Indian journal of veterinary science and animal husbandry - Volumes 26-27, 1956-1957
Year: 1956
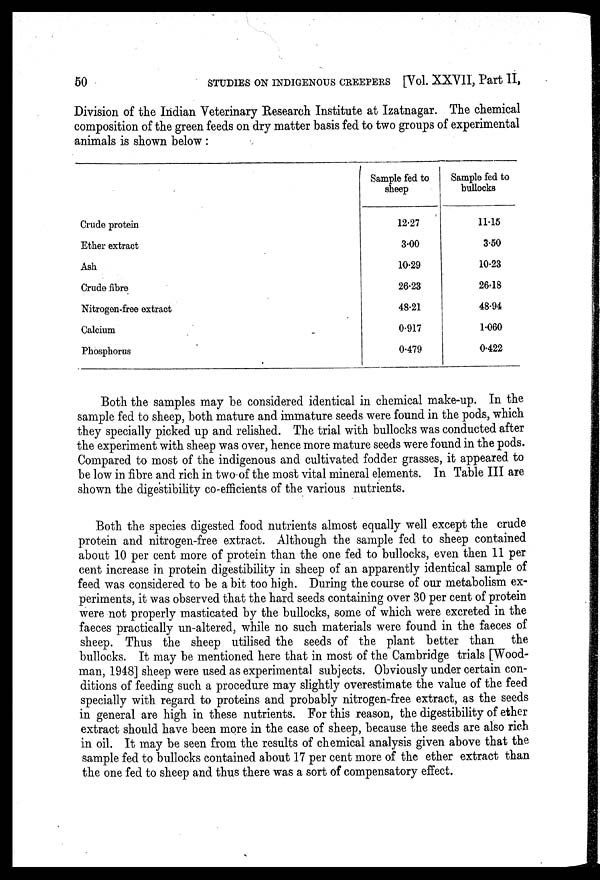
50
STUDIES ON INDIGENOUS CREEPERS [Vol. XXVII, Part II,
Division of the Indian Veterinary Research Institute at Izatnagar. The chemical
composition of the green feeds on dry matter basis fed to two groups of experimental
animals is shown below :
Crude protein
Ether extract
Ash
Crude fibre
Nitrogen-free extract
Calcium
Phosphorus
Sample fed to
sheep
12.27
3.00
10.29
26.23
48.21
0.917
0.479
Sample fed to
bullocks
11.15
3.50
10.23
26.18
48.94
1.060
0.422
Both the samples may be considered identical in chemical make-up. In the
sample fed to sheep, both mature and immature seeds were found in the pods, which
they specially picked up and relished. The trial with bullocks was conducted after
the experiment with sheep was over, hence more mature seeds were found in the pods.
Compared to most of the indigenous and cultivated fodder grasses, it appeared to
be low in fibre and rich in two of the most vital mineral elements. In Table III are
shown the digestibility co-efficients of the various nutrients.
Both the species digested food nutrients almost equally well except the crude
protein and nitrogen-free extract. Although the sample fed to sheep contained
about 10 per cent more of protein than the one fed to bullocks, even then 11 per
cent increase in protein digestibility in sheep of an apparently identical sample of
feed was considered to be a bit too high. During the course of our metabolism ex-
periments, it was observed that the hard seeds containing over 30 per cent of protein
were not properly masticated by the bullocks, some of which were excreted in the
faeces practically un-altered, while no such materials were found in the faeces of
sheep. Thus the sheep utilised the seeds of the plant better than the
bullocks. It may be mentioned here that in most of the Cambridge trials [Wood-
man, 1948] sheep were used as experimental subjects. Obviously under certain con-
ditions of feeding such a procedure may slightly overestimate the value of the feed
specially with regard to proteins and probably nitrogen-free extract, as the seeds
in general are high in these nutrients. For this reason, the digestibility of ether
extract should have been more in the case of sheep, because the seeds are also rich
in oil. It may be seen from the results of chemical analysis given above that the
sample fed to bullocks contained about 17 per cent more of the ether extract than
the one fed to sheep and thus there was a sort of compensatory effect.